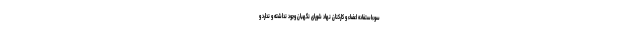
سوءاستفاده اعضاء و کارکنان نهاد شورای نگهبان وجود نداشته و ندارد و